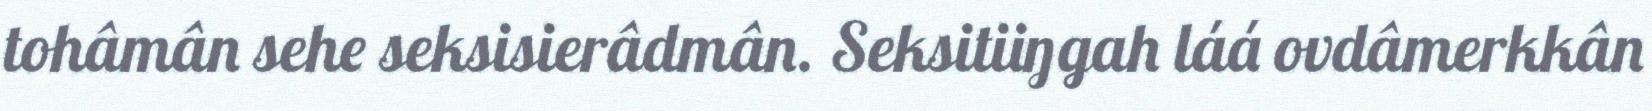
tohâmân sehe seksisierâdmân. Seksitiiŋgah láá ovdâmerkkân